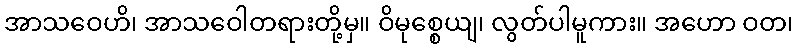
အာသဝေဟိ၊ အာသဝေါတရားတို့မှ။ ဝိမုစ္စေယျ၊ လွတ်ပါမူကား။ အဟော ဝတ၊